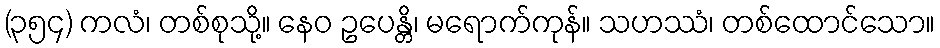
(၃၅၄) ကလံ၊ တစ်စုသို့။ နေဝ ဥပေန္တိ၊ မရောက်ကုန်။ သဟဿံ၊ တစ်ထောင်သော။